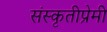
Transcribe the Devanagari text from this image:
संस्कृतीप्रेमी